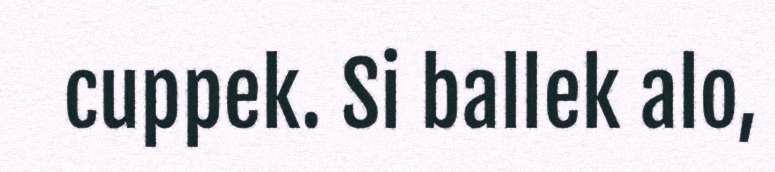
cuppek. Si ballek alo,